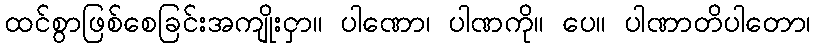
ထင်စွာဖြစ်စေခြင်းအကျိုးငှာ။ ပါဏော၊ ပါဏကို။ ပေ။ ပါဏာတိပါတော၊